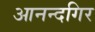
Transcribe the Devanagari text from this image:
आनन्दगिर